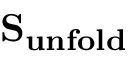
\mathbf { S _ { u n f o l d } }